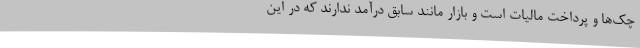
چک‌ها و پرداخت مالیات است و بازار مانند سابق درآمد ندارند که در این